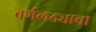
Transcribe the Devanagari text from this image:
वर्गलढ्याचा